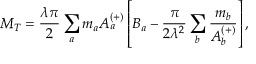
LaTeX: M _ { T } = \frac { \lambda \pi } { 2 } \sum _ { a } m _ { a } A _ { a } ^ { ( + ) } \left[ B _ { a } - \frac { \pi } { 2 \lambda ^ { 2 } } \sum _ { b } \frac { m _ { b } } { A _ { b } ^ { ( + ) } } \right] ,